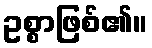
ဥစ္စာဖြစ်၏။